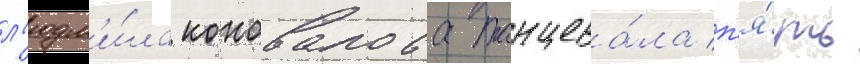
л'юдм'и́ла коновалова танцева́ла п'я́ть